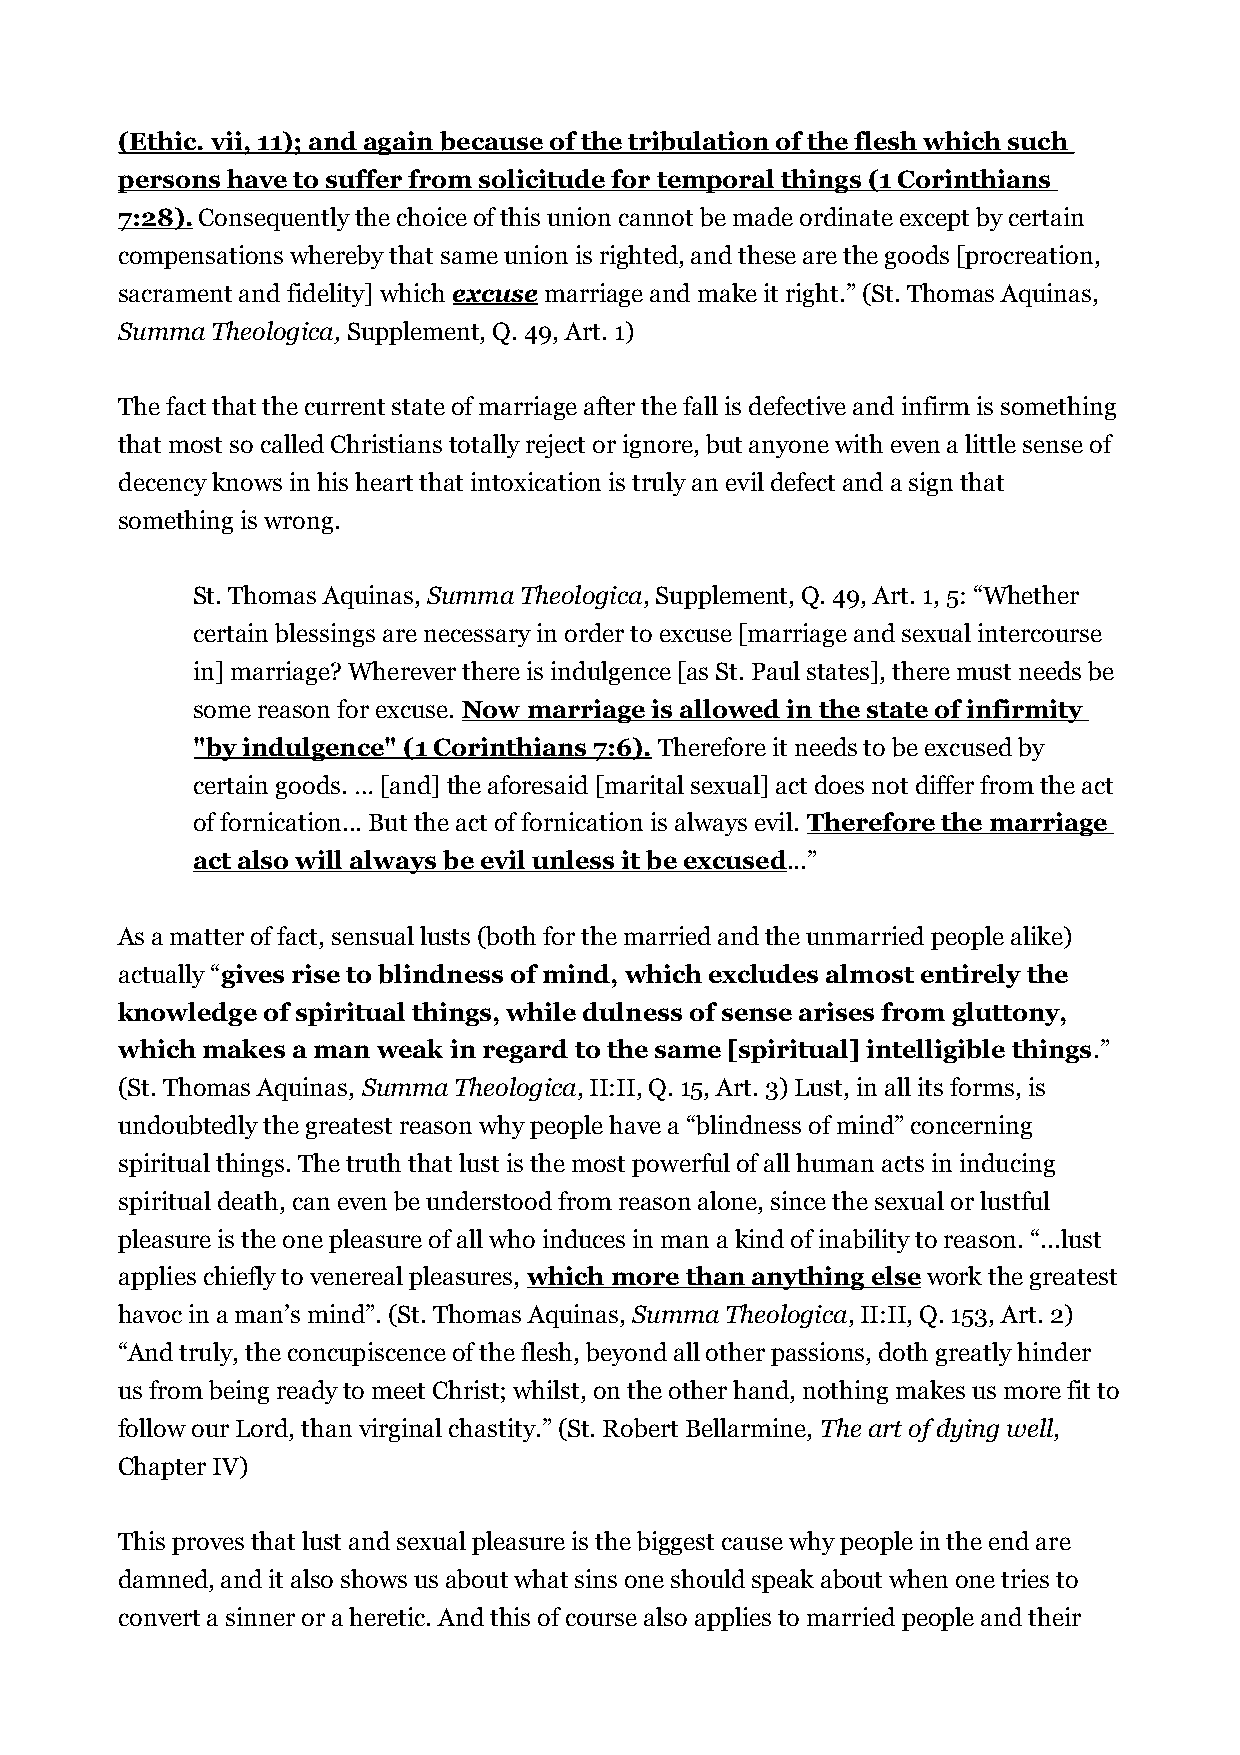
(Ethic. vii, 11); and again because of the tribulation of the flesh which such
 persons have to suffer from solicitude for temporal things (1 Corinthians
 7:28). Consequently the choice of this union cannot be made ordinate except by certain
 compensations whereby that same union is righted, and these are the goods [procreation,
 sacrament and fidelity] which excuse marriage and make it right.” (St. Thomas Aquinas,
 Summa Theologica, Supplement, Q. 49, Art. 1)
 The fact that the current state of marriage after the fall is defective and infirm is something
 that most so called Christians totally reject or ignore, but anyone with even a little sense of
 decency knows in his heart that intoxication is truly an evil defect and a sign that
 something is wrong.
 St. Thomas Aquinas, Summa Theologica, Supplement, Q. 49, Art. 1, 5: “Whether
 certain blessings are necessary in order to excuse [marriage and sexual intercourse
 in] marriage? Wherever there is indulgence [as St. Paul states], there must needs be
 some reason for excuse. Now marriage is allowed in the state of infirmity
 "by indulgence" (1 Corinthians 7:6). Therefore it needs to be excused by
 certain goods. … [and] the aforesaid [marital sexual] act does not differ from the act
 of fornication... But the act of fornication is always evil. Therefore the marriage
 act also will always be evil unless it be excused...”
 As a matter of fact, sensual lusts (both for the married and the unmarried people alike)
 actually “gives rise to blindness of mind, which excludes almost entirely the
 knowledge of spiritual things, while dulness of sense arises from gluttony,
 which makes a man weak in regard to the same [spiritual] intelligible things.”
 (St. Thomas Aquinas, Summa Theologica, II:II, Q. 15, Art. 3) Lust, in all its forms, is
 undoubtedly the greatest reason why people have a “blindness of mind” concerning
 spiritual things. The truth that lust is the most powerful of all human acts in inducing
 spiritual death, can even be understood from reason alone, since the sexual or lustful
 pleasure is the one pleasure of all who induces in man a kind of inability to reason. “...lust
 applies chiefly to venereal pleasures, which more than anything else work the greatest
 havoc in a man’s mind”. (St. Thomas Aquinas, Summa Theologica, II:II, Q. 153, Art. 2)
 “And truly, the concupiscence of the flesh, beyond all other passions, doth greatly hinder
 us from being ready to meet Christ; whilst, on the other hand, nothing makes us more fit to
 follow our Lord, than virginal chastity.” (St. Robert Bellarmine, The art of dying well,
 Chapter IV)
 This proves that lust and sexual pleasure is the biggest cause why people in the end are
 damned, and it also shows us about what sins one should speak about when one tries to
 convert a sinner or a heretic. And this of course also applies to married people and their